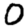
Digit: 0